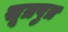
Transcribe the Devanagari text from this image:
सूत्रपुत्र